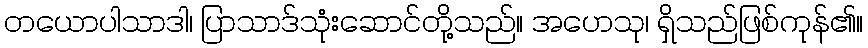
တယောပါသာဒါ၊ ပြာသာဒ်သုံးဆောင်တို့သည်။ အဟေသု၊ ရှိသည်ဖြစ်ကုန်၏။